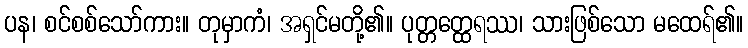
ပန၊ စင်စစ်သော်ကား။ တုမှာကံ၊ အရှင်မတို့၏။ ပုတ္တတ္ထေရဿ၊ သားဖြစ်သော မထေရ်၏။